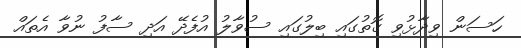
ހަސަން ވިދާޅުވި ގޮތުގައި ބިލުގައި ސުވާލު އުފެދޭ އަދި ސާފު ނުވާ އެތައް